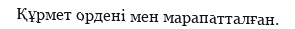
Құрмет ордені мен марапатталған.